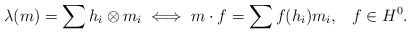
\begin{align*}\lambda(m) = \sum h_i \otimes m_i \iff m \cdot f = \sum f(h_i) m_i,\ \,\ f\in H^0.\end{align*}